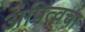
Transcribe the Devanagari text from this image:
अपित्वचा